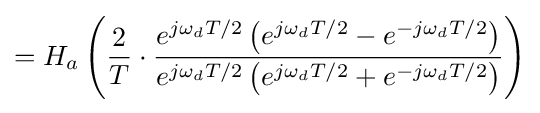
=H_{a}\left({\frac {2}{T}}\cdot {\frac {e^{j\omega _{d}T/2}\left(e^{j\omega _{d}T/2}-e^{-j\omega _{d}T/2}\right)}{e^{j\omega _{d}T/2}\left(e^{j\omega _{d}T/2}+e^{-j\omega _{d}T/2}\right)}}\right)